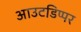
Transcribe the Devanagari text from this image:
आउटडिप्पर